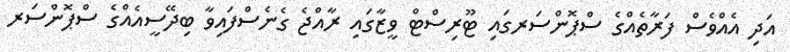
އަދި އެއްވެސް ފަރާތެއްގެ ސްޕޮންސަރގައި ޓޫރިސްޓް ވީޒާގައި ރާއްޖެ ގެނެސްފައިވާ ބިދޭސީއެއްގެ ސްޕޮންސަރ